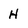
Character: H